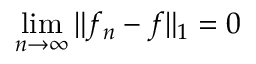
\operatorname* { l i m } _ { n \to \infty } \| f _ { n } - f \| _ { 1 } = 0